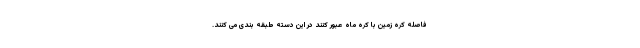
فاصله کره زمین با کره ماه عبور کنند در این دسته طبقه بندی می کنند.